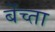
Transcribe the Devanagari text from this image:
बेंच्ता